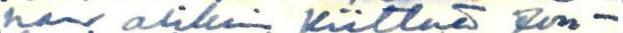
han olikin Kiittää Jou-